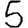
Digit: 5